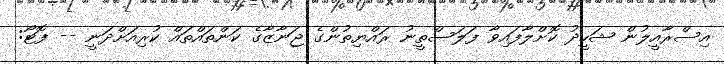
އިސްރާއީލުން ޝަހީދު ކޮށްލާފައިވާ ފަލަސްތީނު ރައްޔިތުންގެ ޖަނާޒާގެ ކަންތައްތައް ކުރިއަށްދަނީ -- ފޮޓޯ: